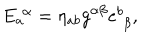
E _ { a } ^ { \, \, \alpha } = \eta _ { a b } g ^ { \alpha \beta } e _ { \, \, \beta } ^ { b } ,